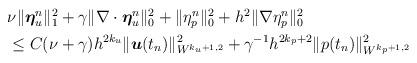
LaTeX: \begin{align*}\begin{aligned}&\nu\|\boldsymbol{\eta}_u^n\|_1^2+\gamma\| \nabla\cdot\boldsymbol{\eta}_u^n\|_0^2+\|\eta_p^n\|_0^2+h^2 \|\nabla\eta_p^n\|_0^2 \\ &\leq C (\nu+ \gamma)h^{2k_u}\|\boldsymbol{u}(t_n)\|_{W^{k_u+1,2}}^2+\gamma^{-1}h^{2k_p+2}\|p(t_n)\|_{W^{k_p+1,2}}^2 \end{aligned}\end{align*}